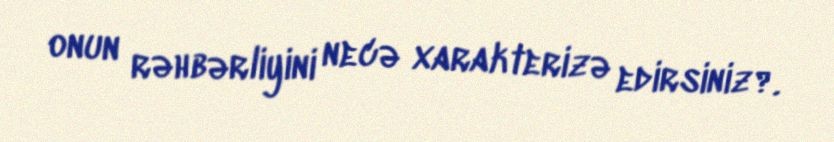
onun rəhbərliyini necə xarakterizə edirsiniz?.